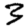
Digit: 3